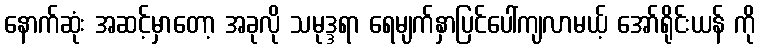
နောက်ဆုံး အဆင့်မှာတော့ အခုလို သမုဒ္ဒရာ ရေမျက်နှာပြင်ပေါ်ကျလာမယ့် အော်ရိုင်းယန် ကို